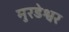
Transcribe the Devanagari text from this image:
मुरडेश्वर